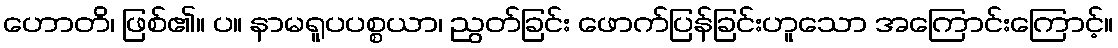
ဟောတိ၊ ဖြစ်၏။ ပ။ နာမရူပပစ္စယာ၊ ညွတ်ခြင်း ဖောက်ပြန်ခြင်းဟူသော အကြောင်းကြောင့်။